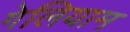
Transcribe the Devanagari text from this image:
गेलियाम